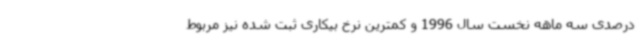
درصدی سه ماهه نخست سال 1996 و کمترین نرخ بیکاری ثبت شده نیز مربوط